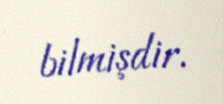
bilmişdir.